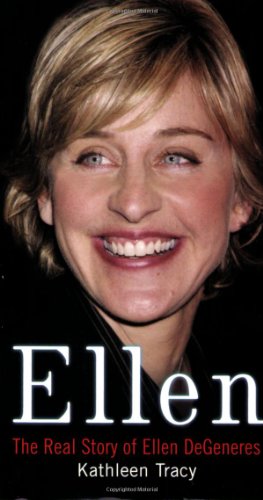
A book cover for Ellen: The Real Story of Ellen DeGeneres; Kathleen Tracy; Gay & Lesbian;